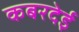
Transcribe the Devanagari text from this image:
कबरदेई